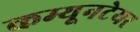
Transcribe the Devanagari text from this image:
कम्यूनटेयर